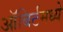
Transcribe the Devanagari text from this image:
ऑबिर्टमध्ये